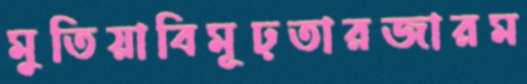
মুতিয়াবিমূঢ়তারজারম